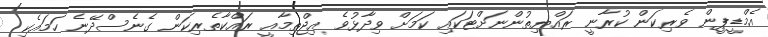
އެމްޑީޕީން ވެރިކަން ކުރާނީ ރައްޔިތުންނަށްޓަކައި ކަމަށް ވިދާޅުވެ އިޖްތިމާއީ ރައްކާތެރިކަން ގެނެސްދޭނެ ހަމައެކި